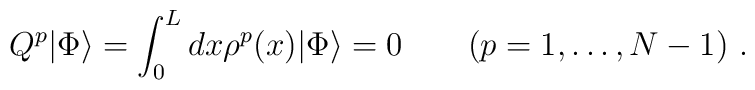
Q^{p} |\Phi \rangle = \int_{0}^{L} dx \rho^{p}(x) |\Phi \rangle = 0\quad \quad(p=1, \ldots ,N-1) \ .